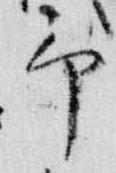
予